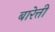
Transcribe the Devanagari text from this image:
बारेत्ती